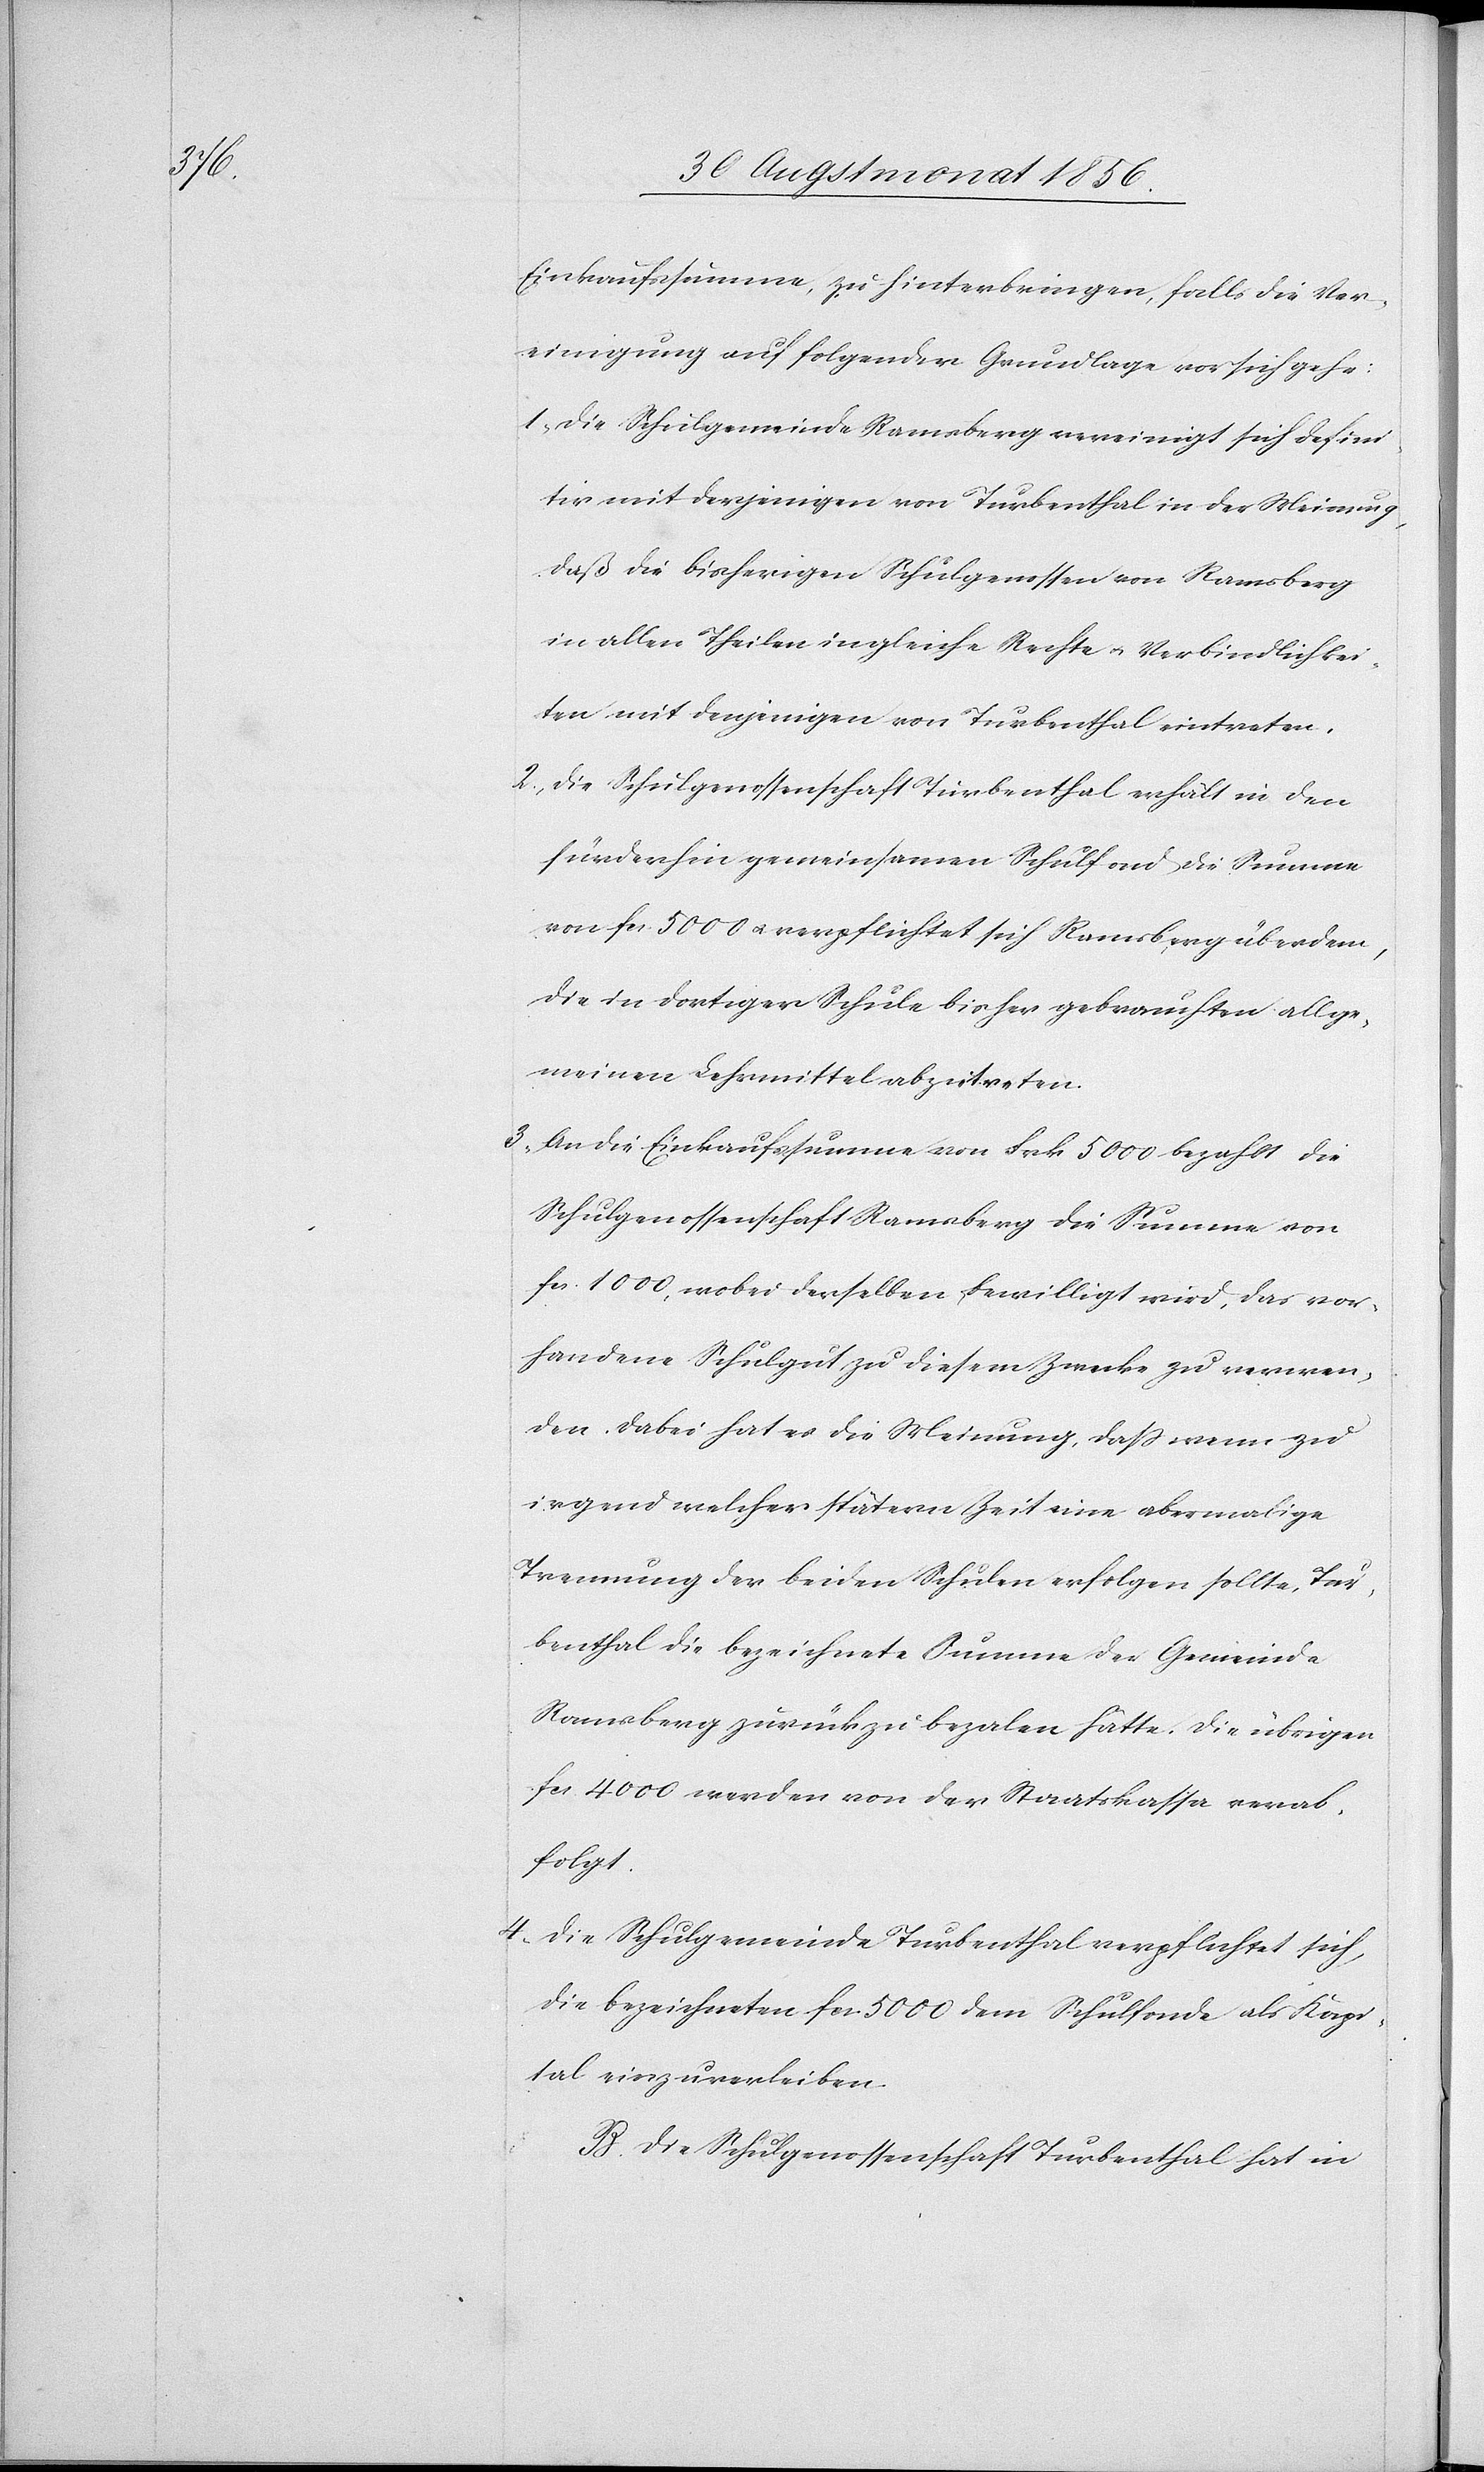
Einkaufssumme, zu hinterbringen, falls die Ver¬
einigung auf folgender Grundlage vor sich gehe:
1.) Die Schulgemeinde Ramsberg vereinigt sich defini¬
tiv mit derjenigen von Turbenthal in der Meinung,
daß die bisherigen Schulgenossen von Ramsberg
in allen Theilen in gleiche Rechte u. Verbindlichkei¬
ten mit denjenigen von Turbenthal eintreten.
2.) Die Schulgenossenschaft Turbenthal erhält in den
fürderhin gemeinsamen Schulfond die Summe
von fcs. 5000 u. verpflichtet sich Ramsberg überdem,
die in dortiger Schule bisher gebrauchten allge¬
meinen Lehrmittel abzutreten.
3.) An die Einkaufssumme von Frk. 5000 bezahlt die
Schulgenossenschaft Ramsberg die Summe von
fcs. 1000, wobei derselben bewilligt wird, das vor¬
handene Schulgut zu diesem Zwecke zu verwen¬
den. Dabei hat es die Meinung, dass wenn zu
irgendwelcher spätern Zeit eine abermalige
Trennung der beiden Schulen erfolgen sollte, Tur¬
benthal die bezeichnete Summe der Gemeinde
Ramsberg zurück zu bezahlen hätte. Die übrigen
fcs. 4000 werden von der Staatskassa verab¬
folgt.
4.) Die Schulgemeinde Turbenthal verpflichtet sich,
die bezeichneten fcs. 5000 dem Schulfonde als Kapi¬
tal einzuverleiben.
B.) Die Schulgenossenschaft Turbenthal hat in